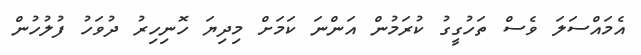
އެމައްސަލަ ވެސް ތަހުގީގު ކުރަމުން އަންނަ ކަމަށް މިދިޔަ ހޮނިހިރު ދުވަހު ފުލުހުން